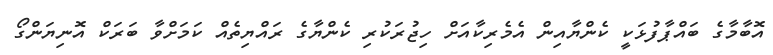
އޮބާމާގެ ބައްޕާފުޅަކީ ކެންޔާއިން އެމެރިކާއަށް ހިޖުރަކުރި ކެންޔާގެ ރައްޔިތެއް ކަމަށްވާ ބަރަކް އޮނިޔަންގޯ